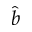
\hat { b }